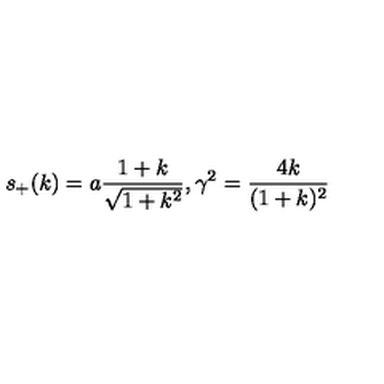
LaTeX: s _ { + } ( k ) = a \frac { 1 + k } { \sqrt { 1 + k ^ { 2 } } } , \gamma ^ { 2 } = \frac { 4 k } { ( 1 + k ) ^ { 2 } }